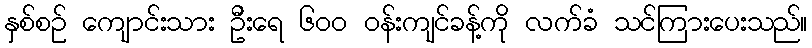
နှစ်စဉ် ကျောင်းသား ဦးရေ ၆၀၀ ဝန်းကျင်ခန့်ကို လက်ခံ သင်ကြားပေးသည်။